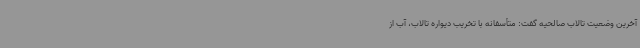
آخرین وضعیت تالاب صالحیه گفت: متأسفانه با تخریب دیواره تالاب، آب از